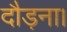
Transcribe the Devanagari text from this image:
दौड़ना।